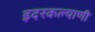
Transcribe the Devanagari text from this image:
इदरकल्याणी